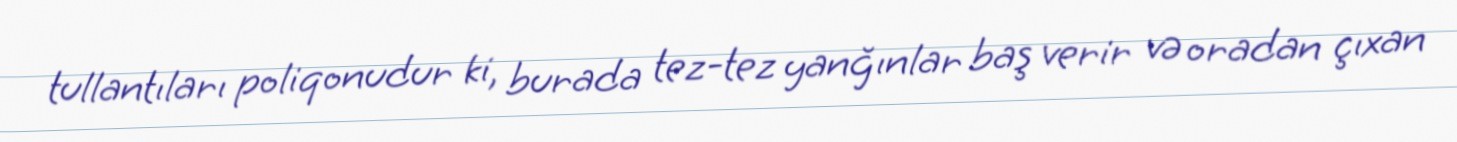
tullantıları poliqonudur ki, burada tez-tez yanğınlar baş verir və oradan çıxan